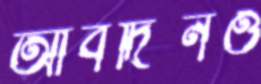
আবদিনও